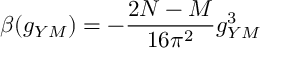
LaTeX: \beta ( g _ { Y M } ) = - \frac { 2 N - M } { 1 6 \pi ^ { 2 } } g _ { Y M } ^ { 3 }